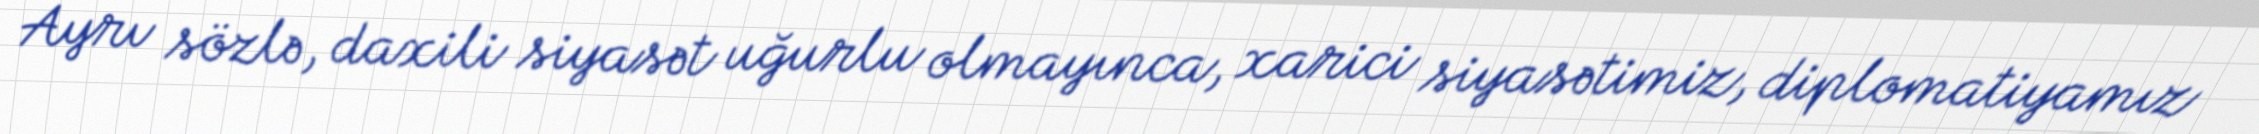
Ayrı sözlə, daxili siyasət uğurlu olmayınca, xarici siyasətimiz, diplomatiyamız